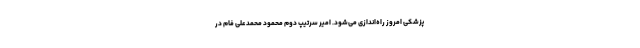
پزشکی امروز راه‌اندازی می‌شود. امیر سرتیپ دوم محمود محمدعلی فام در